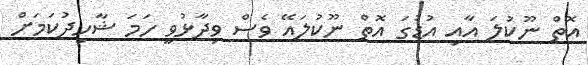
އޮތް ނޫކުލަ އާއި އުޑުގަ އޮތް ނޫކުލައޭ ވެސް ވިދާޅުވީ ހަމަ ޝާހިދުކަމަށް